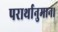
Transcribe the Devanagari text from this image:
परार्थानुमान।